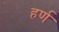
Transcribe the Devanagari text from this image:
हर्ण